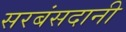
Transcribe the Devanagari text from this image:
सरबंसदानी